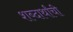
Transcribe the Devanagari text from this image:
शब्दार्थांची